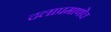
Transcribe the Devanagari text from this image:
दलाप्रमाणेच